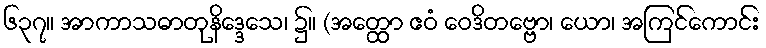
၆၃၇။ အာကာသဓာတုနိဒ္ဒေသေ၊ ၌။ (အတ္ထော ဧဝံ ဝေဒိတဗ္ဗော၊ ယော၊ အကြင်ကောင်း